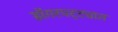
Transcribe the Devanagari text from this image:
डोंगरपट्ट्यात